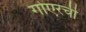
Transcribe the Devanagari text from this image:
गोएरची